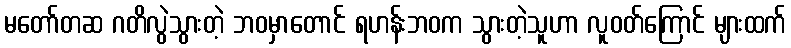
မတော်တဆ ဂတိလွဲသွားတဲ့ ဘဝမှာတောင် ရဟန်းဘဝက သွားတဲ့သူဟာ လူဝတ်ကြောင် များထက်